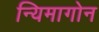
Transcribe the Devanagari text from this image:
न्यिमागोन